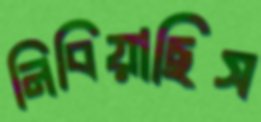
নিবিয়াছিস